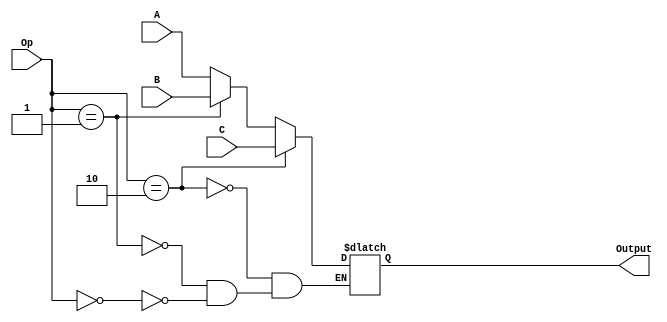
`timescale 1ns / 1ps
//////////////////////////////////////////////////////////////////////////////////
// Company: 
// Engineer: 
// 
// Design Name: 
// Module Name:    mux_3b_3input 
// Project Name: 
// Target Devices: 
// Tool versions: 
// Description: 
//
// Dependencies: 
//
// Revision: 
// Revision 0.01 - File Created
// Additional Comments: 
//
//////////////////////////////////////////////////////////////////////////////////
module mux_3b_3input(
    input [2:0] A,
    input [2:0] B,
    input [2:0] C,
    input [1:0] Op,
    output [2:0] Output
    );
reg [15:0] out;
	 assign Output = out;
always @ (*) begin
	if (Op == 0)
	out = A;
	
	if (Op == 1)
	out = B;
	
	if (Op == 2)
	out = C;
	end

endmodule